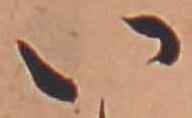
い